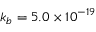
k _ { b } = 5 . 0 \times 1 0 ^ { - 1 9 }